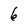
Character: 6